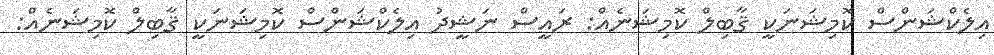
އިލެކްޝަންސް ކޮމިޝަނަކީ ޤާބިލް ކޮމިޝަނެއް: ރައީސް ނަޝީދު އިލެކްޝަންސް ކޮމިޝަނަކީ ޤާބިލް ކޮމިޝަނެއް: